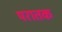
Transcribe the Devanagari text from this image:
परातक